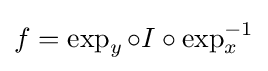
f=\exp _{y}\circ I\circ \exp _{x}^{-1}